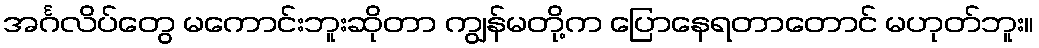
အင်္ဂလိပ်တွေ မကောင်းဘူးဆိုတာ ကျွန်မတို့က ပြောနေရတာတောင် မဟုတ်ဘူး။